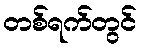
တစ်ရက်တွင်